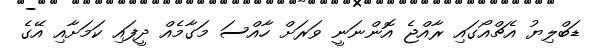
ޑަބްލިޔު އެޗްއޯގައި ރާއްޖެ އޮންނަނީ ވަރަށް ހާއްސަ މަގާމެއް ދީފައި ކަމަށާއި އޭގެ